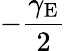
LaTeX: -\frac{\gamma_{\mathrm{E}}}{2}